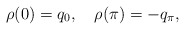
\begin{align*} \rho (0) = q_0, \quad \rho (\pi ) = -q_\pi ,\end{align*}